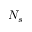
N _ { s }